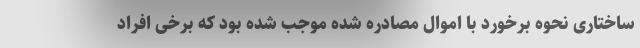
ساختاری نحوه برخورد با اموال مصادره شده موجب شده بود که برخی افراد